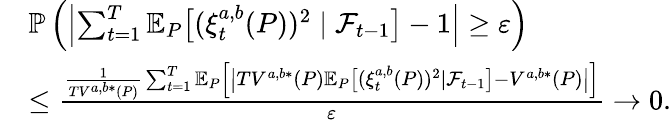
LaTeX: \begin{array}{rl}&{\mathbb{P}\left(\left|\sum_{t=1}^{T}\mathbb{E}_{P}\big[(\xi_{t}^{a,b}(P))^{2}\mid\mathcal{F}_{t-1}\big]-1\right|\geq\varepsilon\right)}\\ &{\leq\frac{\frac{1}{TV^{a,b*}(P)}\sum_{t=1}^{T}\mathbb{E}_{P}\left[\big|TV^{a,b*}(P)\mathbb{E}_{P}\big[(\xi_{t}^{a,b}(P))^{2}\mid\mathcal{F}_{t-1}\big]-V^{a,b*}(P)\big|\right]}{\varepsilon}\to 0.}\end{array}